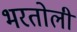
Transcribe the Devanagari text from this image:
भरतोली